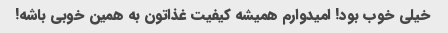
خیلی خوب بود! امیدوارم همیشه کیفیت غذاتون به همین خوبی باشه!